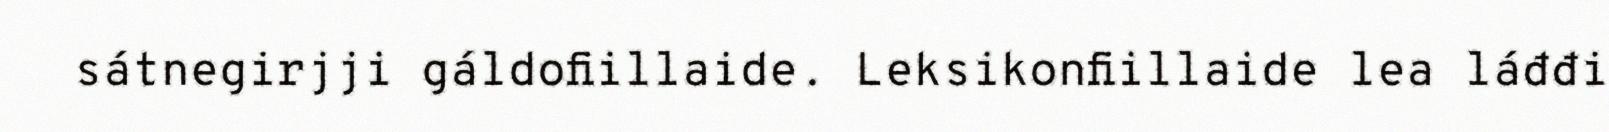
sátnegirjji gáldofiillaide. Leksikonfiillaide lea láđđi